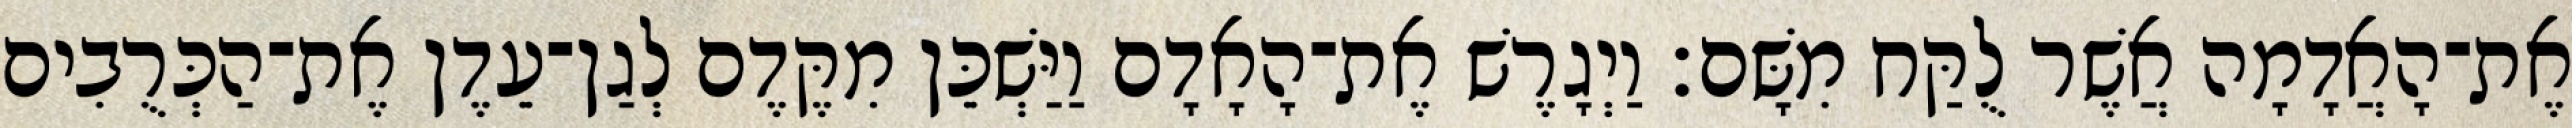
אֶת־הָאֲדָמָה אֲשֶׁר לֻקַּח מִשָּׁם׃ וַיְגָרֶשׁ אֶת־הָאָדָם וַיַּשְׁכֵּן מִקֶּדֶם לְגַן־עֵדֶן אֶת־הַכְּרֻבִים